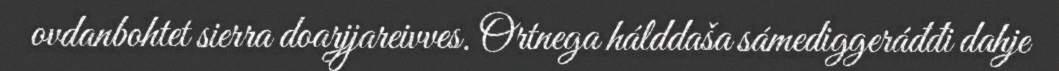
ovdanbohtet sierra doarjjareivves. Ortnega hálddaša sámediggeráđđi dahje